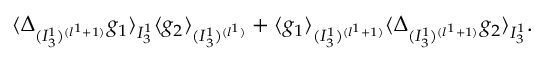
\langle \Delta _ { ( I _ { 3 } ^ { 1 } ) ^ { ( l ^ { 1 } + 1 ) } } g _ { 1 } \rangle _ { I _ { 3 } ^ { 1 } } \langle g _ { 2 } \rangle _ { ( I _ { 3 } ^ { 1 } ) ^ { ( l ^ { 1 } ) } } + \langle g _ { 1 } \rangle _ { ( I _ { 3 } ^ { 1 } ) ^ { ( l ^ { 1 } + 1 ) } } \langle \Delta _ { ( I _ { 3 } ^ { 1 } ) ^ { ( l ^ { 1 } + 1 ) } } g _ { 2 } \rangle _ { I _ { 3 } ^ { 1 } } .